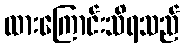
ထားကြောင်းသိရသည်